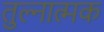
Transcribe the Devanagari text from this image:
तुल्नात्मक